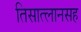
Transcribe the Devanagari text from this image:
तिसात्लानसह